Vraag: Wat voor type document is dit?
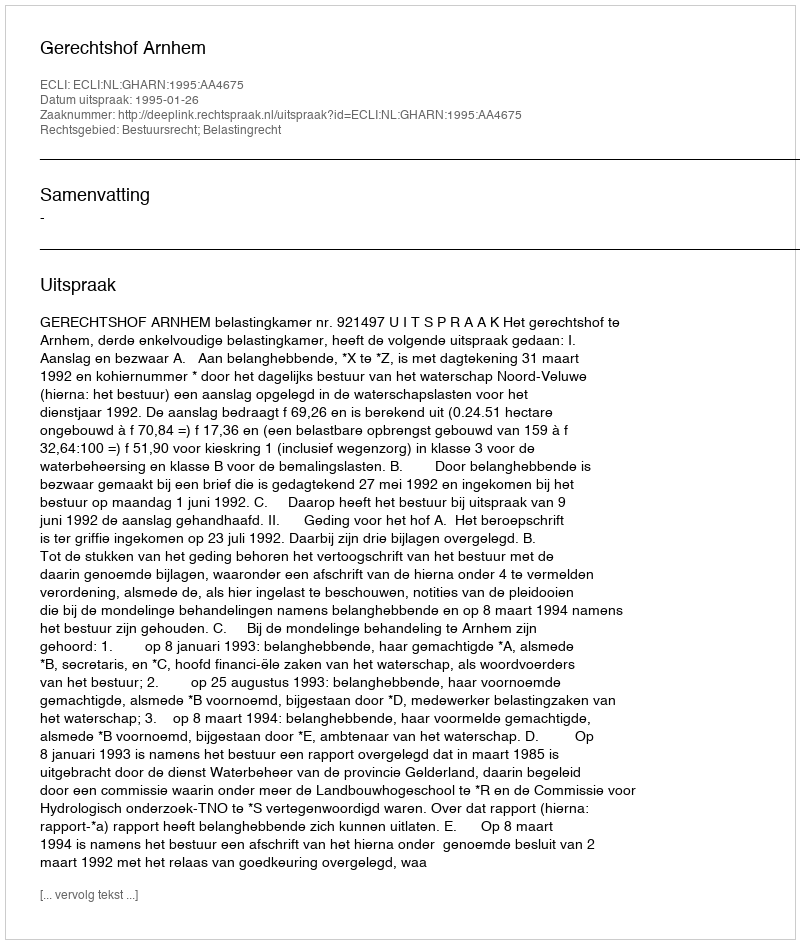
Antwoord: Uitspraak